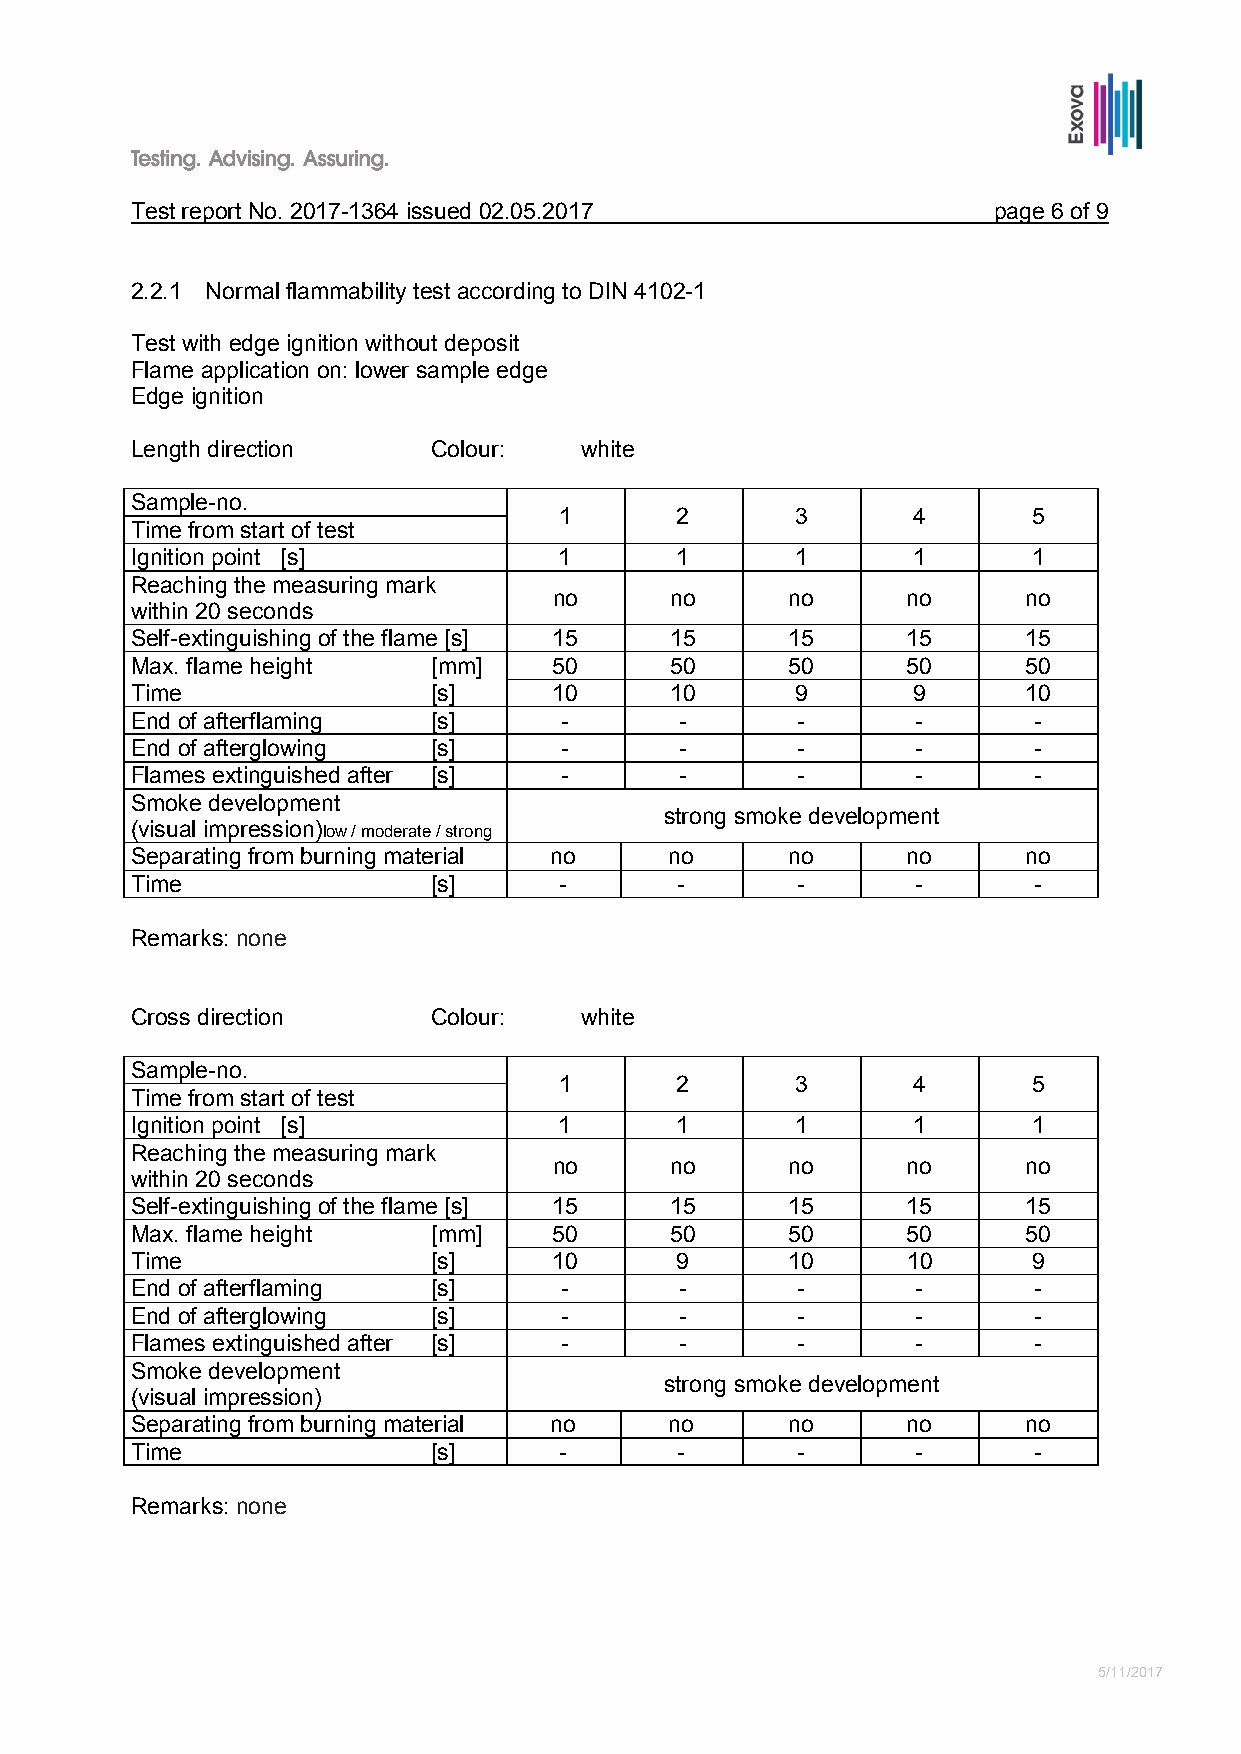
Test report No. 2017-1364 issued 02.05.2017              page 6 of 9
 2.2.1 Normal flammability test according to DIN 4102-1
 Test with edge ignition without deposit
 Flame application on: lower sample edge
 Edge ignition
 Length direction    Colour:  white
 Sample-no.
 1       2       3      4       5
 Time from start of test
 Ignition point [s]          1       1       1      1       1
 Reaching the measuring mark
 no     no      no      no      no
 within 20 seconds
 Self-extinguishing of the flame [s] 15 15  15      15      15
 Max. flame height   [mm]    50     50      50      50      50
 Time                [s]     10     10       9      9       10
 End of afterflaming [s]     -       -       -       -      -
 End of afterglowing [s]     -       -       -       -      -
 Flames extinguished after [s] -     -       -       -      -
 Smoke development
 strong smoke development
 (visual impression)low / moderate / strong
 Separating from burning material no no     no      no      no
 Time                [s]     -       -       -       -      -
 Remarks: none
 Cross direction     Colour:  white
 Sample-no.
 1       2       3      4       5
 Time from start of test
 Ignition point [s]          1       1       1      1       1
 Reaching the measuring mark
 no     no      no      no      no
 within 20 seconds
 Self-extinguishing of the flame [s] 15 15  15      15      15
 Max. flame height   [mm]    50     50      50      50      50
 Time                [s]     10      9      10      10      9
 End of afterflaming [s]     -       -       -       -      -
 End of afterglowing [s]     -       -       -       -      -
 Flames extinguished after [s] -     -       -       -      -
 Smoke development
 strong smoke development
 (visual impression)
 Separating from burning material no no     no      no      no
 Time                [s]     -       -       -       -      -
 Remarks: none
 5/11/2017